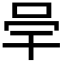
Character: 𭇖